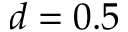
d = 0 . 5